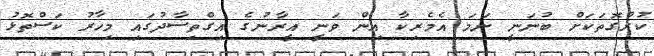
ކުރުގޮތަކަށް ބުނަނީ ނަމަ އެމެރިކާ އިން ވަނީ އީރާނުގެ އިގްތިސާދުގައި މިހާރު ކަސްތޮޅު